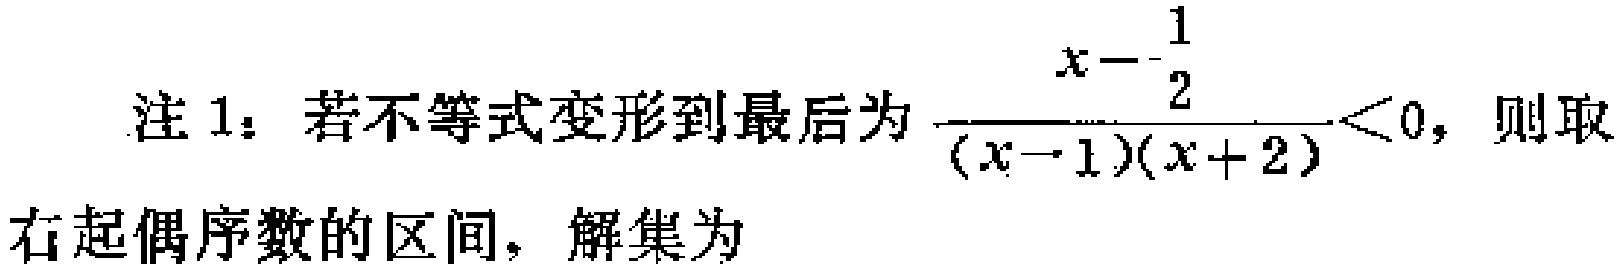
注 1：若不等式变形到最后为$\frac{x - \frac{1}{2}}{(x - 1)(x + 2)} < 0$，则取右起偶序数的区间，解集为